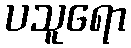
ပသူရော